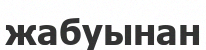
жабуынан